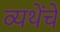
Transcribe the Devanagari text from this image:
व्यथेंचे